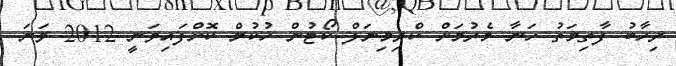
ރިހާބު ފާތިމަތު ހަނާ މެރުމަށް ކްރިމިނަލް ކޯޓުން ހުކުމް ކޮށްފައިވަނީ 2012 ވަނަ